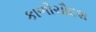
કાળીચૌદશ